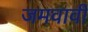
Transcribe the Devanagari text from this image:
जमवावी